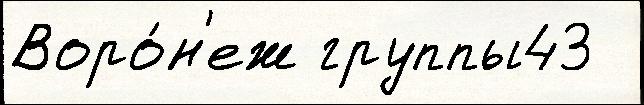
Воро́н'еж группы43